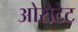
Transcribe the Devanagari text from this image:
ओरोटेट